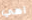
اهي